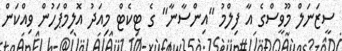
ސީޒަނަލް މޫވީސްގެ އާ ފިލްމު "އިންސާނާ" ގެ ޓިކެޓް މިއަދު އޮލިމްޕަހުން ވިއްކަން